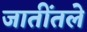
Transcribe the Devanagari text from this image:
जातींतले